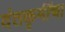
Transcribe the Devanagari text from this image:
दंतकृमींचा